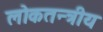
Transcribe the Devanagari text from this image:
लोकतन्त्रीय